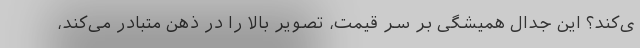
ی‌کند؟ این جدال همیشگی بر سر قیمت، تصویر بالا را در ذهن متبادر می‌کند،